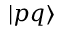
| p q \rangle